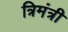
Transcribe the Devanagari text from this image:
त्रिमंत्री